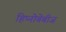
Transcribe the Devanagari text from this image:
हिप्नोबेबीज